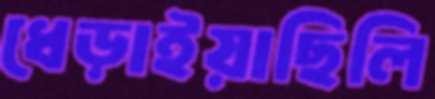
ধেড়াইয়াছিলি